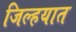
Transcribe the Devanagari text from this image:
जिल्‍हयात